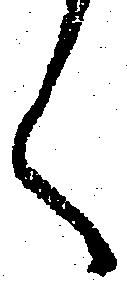
く